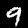
Label: 9